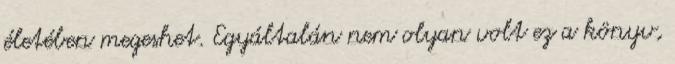
életében megeshet. Egyáltalán nem olyan volt ez a könyv,